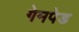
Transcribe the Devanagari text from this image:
गेमपेड